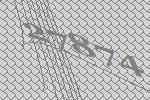
27874